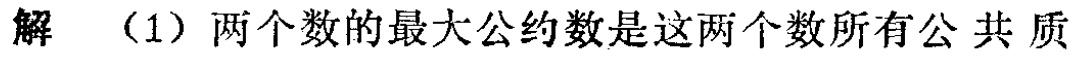
解 （1）两个数的最大公约数是这两个数所有公 共 质